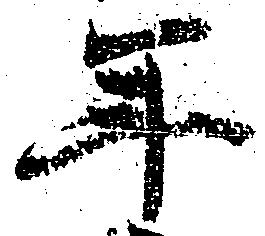
年